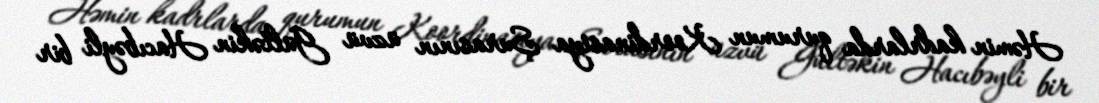
Həmin kadrlarda qurumun Koordinasiya Şurasının üzvü Gültəkin Hacıbəyli bir